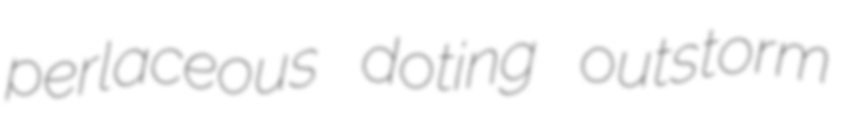
perlaceous doting outstorm